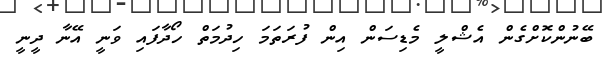
ބޭނުންކޮށްގެން އެޝްލީ މެޑިސަން އިން ފުރަތަމަ ހިދުމަތް ހޯދާފައި ވަނީ އޭނާ ދީނީ